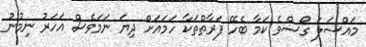
މައްސަލަ ގޯސްވެ ކަމާ ބެހޭ ފަރާތްތަކާ ހަމައަށް ދިޔަ ނަމަވެސް އަހަރު ނިމުނު